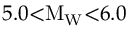
5 . 0 { < } \mathrm { M } _ { \mathrm { W } } { < } 6 . 0